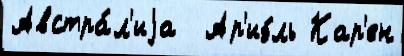
Австра́л'иjа  Ар'иэ́ль Кар'ен